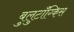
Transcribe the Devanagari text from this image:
बुलुटॉंग्किस